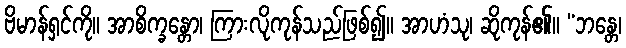
ဗိမာန်ရှင်ကို။ အာစိက္ခန္တော၊ ကြားလိုကုန်သည်ဖြစ်၍။ အာဟံသု၊ ဆိုကုန်၏။ “ဘန္တေ၊